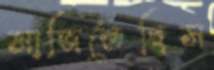
সাজিতেছিস